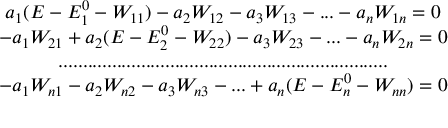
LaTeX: \begin{array} { c } { { a _ { 1 } ( E - E _ { 1 } ^ { 0 } - W _ { 1 1 } ) - a _ { 2 } W _ { 1 2 } - a _ { 3 } W _ { 1 3 } - . . . - a _ { n } W _ { 1 n } = 0 } } \\ { { - a _ { 1 } W _ { 2 1 } + a _ { 2 } ( E - E _ { 2 } ^ { 0 } - W _ { 2 2 } ) - a _ { 3 } W _ { 2 3 } - . . . - a _ { n } W _ { 2 n } = 0 } } \\ { { . . . . . . . . . . . . . . . . . . . . . . . . . . . . . . . . . . . . . . . . . . . . . . . . . . . . . . . . . . . . . . . . . . . . } } \\ { { - a _ { 1 } W _ { n 1 } - a _ { 2 } W _ { n 2 } - a _ { 3 } W _ { n 3 } - . . . + a _ { n } ( E - E _ { n } ^ { 0 } - W _ { n n } ) = 0 } } \end{array}